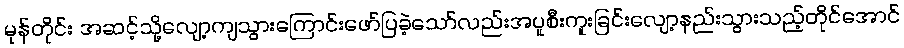
မုန်တိုင်း အဆင့်သို့လျော့ကျသွားကြောင်းဖော်ပြခဲ့သော်လည်းအပူစီးကူးခြင်းလျော့နည်းသွားသည့်တိုင်အောင်